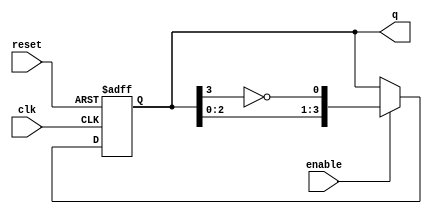
module johnson_counter #(
    parameter N = 4  // Number of flip-flops
) (
    input wire clk,          // Clock input
    input wire reset,        // Asynchronous reset
    input wire enable,       // Enable signal
    output reg [N-1:0] q     // Output state of the counter
);

    // Internal signal for feedback
    wire feedback;

    // Assign feedback as the inverted output of the last flip-flop
    assign feedback = ~q[N-1];

    always @(posedge clk or posedge reset) begin
        if (reset) begin
            q <= 0;  // Reset the counter to 0
        end else if (enable) begin
            // Shift the current state and apply feedback
            q <= {q[N-2:0], feedback};
        end
        // If enable is low, hold the current state
    end

endmodule